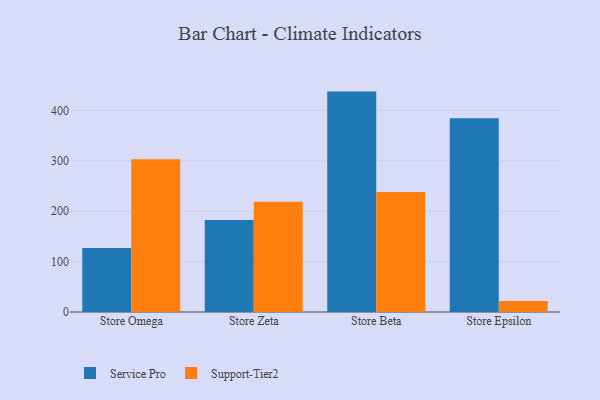
{"axis": {"x": "Store", "y": "Humidity (%)"}, "legend": ["Service Pro", "Support-Tier2"], "data": [{"x": "Store Omega", "y": 127.2, "type": "Service Pro"}, {"x": "Store Omega", "y": 303.2, "type": "Support-Tier2"}, {"x": "Store Zeta", "y": 182.5, "type": "Service Pro"}, {"x": "Store Zeta", "y": 218.9, "type": "Support-Tier2"}, {"x": "Store Beta", "y": 437.3, "type": "Service Pro"}, {"x": "Store Beta", "y": 238.3, "type": "Support-Tier2"}, {"x": "Store Epsilon", "y": 384.4, "type": "Service Pro"}, {"x": "Store Epsilon", "y": 21.9, "type": "Support-Tier2"}]}